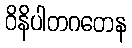
ဝိနိပါတဂတေန